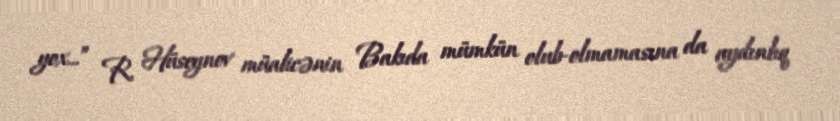
yox...” R. Hüseynov müalicənin Bakıda mümkün olub-olmamasına da aydınlıq